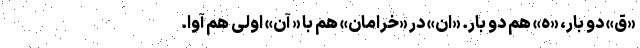
«ق» دو بار، «ه» هم دو بار. «ان» در «خرامان» هم با « آن» اولی هم آوا.